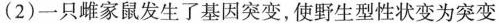
(2)一只雌家鼠发生了基因突变，使野生型性状变为突变